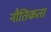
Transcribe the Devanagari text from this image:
नौतिकता